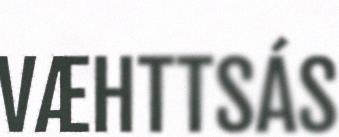
VÆHTTSÁS